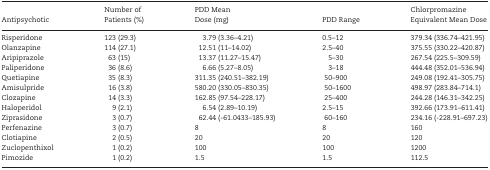
| Antipsychotic | Number of Patients (%) | PDD Mean Dose (mg) | PDD Range | Chlorpromazine Equivalent Mean Dose |
 | --- | --- | --- | --- | --- |
 | Risperidone | 123 (29.3) | 3.79 (3.36–4.21) | 0.5–12 | 379.34 (336.74–421.95) |
 | Olanzapine | 114 (27.1) | 12.51 (11–14.02) | 2.5–40 | 375.55 (330.22–420.87) |
 | Aripiprazole | 63 (15) | 13.37 (11.27–15.47) | 5–30 | 267.54 (225.5–309.59) |
 | Paliperidone | 36 (8.6) | 6.66 (5.27–8.05) | 3–18 | 444.48 (352.01–536.94) |
 | Quetiapine | 35 (8.3) | 311.35 (240.51–382.19) | 50–900 | 249.08 (192.41–305.75) |
 | Amisulpride | 16 (3.8) | 580.20 (330.05–830.35) | 50–1600 | 498.97 (283.84–714.1) |
 | Clozapine | 14 (3.3) | 162.85 (97.54–228.17) | 25–400 | 244.28 (146.31–342.25) |
 | Haloperidol | 9 (2.1) | 6.54 (2.89–10.19) | 2.5–15 | 392.66 (173.91–611.41) |
 | Ziprasidone | 3 (0.7) | 62.44 (-61.0433–185.93) | 60–160 | 234.16 (-228.91–697.23) |
 | Perfenazine | 3 (0.7) | 8 | 8 | 160 |
 | Clotiapine | 2 (0.5) | 20 | 20 | 120 |
 | Zuclopenthixol | 1 (0.2) | 100 | 100 | 1200 |
 | Pimozide | 1 (0.2) | 1.5 | 1.5 | 112.5 |